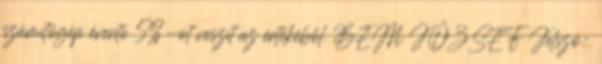
számítógép évente 5%-ot veszít az értékéből. BEM JÓZSEF Jelszó:.